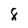
Character: 8